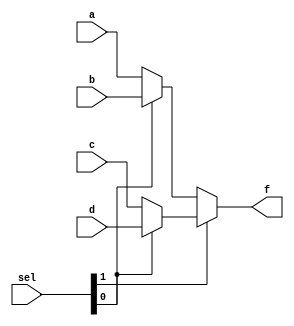
module four_to_one_mux_5_bit(sel, a, b, c, d, f);

input [1:0] sel;
input [4:0] a, b, c, d;
output [4:0] f;

wire [4:0] a_or_b, c_or_d;
assign a_or_b = (sel[0]) ? b : a;
assign c_or_d = (sel[0]) ? d : c;
assign f = (sel[1]) ? c_or_d : a_or_b;

endmodule